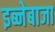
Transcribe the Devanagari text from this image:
इब्नेबाजा